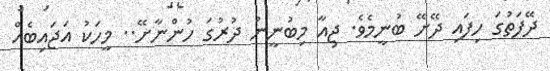
ދޭފަތުގަ ހިފައި ދޭށޭ ބުނީމެވެ. ޖިއާ މިބުނީނު ދުރުގަ ހުންނާށޭ.. މީހަކު އަޖައިބެއް